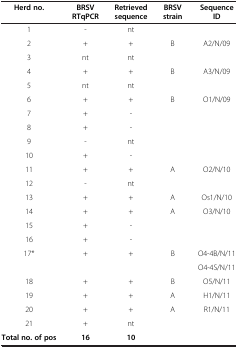
<table><thead><tr><td><b>Herd no.</b></td><td><b>BRSV RTqPCR</b></td><td><b>Retrieved sequence</b></td><td><b>BRSV strain</b></td><td><b>Sequence ID</b></td></tr></thead><tbody><tr><td>1</td><td>-</td><td>nt</td><td> </td><td> </td></tr><tr><td>2</td><td>+</td><td>+</td><td>B</td><td>A2/N/09</td></tr><tr><td>3</td><td>nt</td><td>nt</td><td> </td><td> </td></tr><tr><td>4</td><td>+</td><td>+</td><td>B</td><td>A3/N/09</td></tr><tr><td>5</td><td>nt</td><td>nt</td><td> </td><td> </td></tr><tr><td>6</td><td>+</td><td>+</td><td>B</td><td>O1/N/09</td></tr><tr><td>7</td><td>+</td><td>-</td><td> </td><td> </td></tr><tr><td>8</td><td>+</td><td>-</td><td> </td><td> </td></tr><tr><td>9</td><td>-</td><td>nt</td><td> </td><td> </td></tr><tr><td>10</td><td>+</td><td>-</td><td> </td><td> </td></tr><tr><td>11</td><td>+</td><td>+</td><td>A</td><td>O2/N/10</td></tr><tr><td>12</td><td>-</td><td>nt</td><td> </td><td> </td></tr><tr><td>13</td><td>+</td><td>+</td><td>A</td><td>Os1/N/10</td></tr><tr><td>14</td><td>+</td><td>+</td><td>A</td><td>O3/N/10</td></tr><tr><td>15</td><td>+</td><td>-</td><td> </td><td> </td></tr><tr><td>16</td><td>+</td><td>-</td><td> </td><td> </td></tr><tr><td>17*</td><td>+</td><td>+</td><td>B</td><td>O4-4B/N/11</td></tr><tr><td> </td><td> </td><td> </td><td> </td><td>O4-4S/N/11</td></tr><tr><td>18</td><td>+</td><td>+</td><td>B</td><td>O5/N/11</td></tr><tr><td>19</td><td>+</td><td>+</td><td>A</td><td>H1/N/11</td></tr><tr><td>20</td><td>+</td><td>+</td><td>A</td><td>R1/N/11</td></tr><tr><td>21</td><td>+</td><td>nt</td><td> </td><td> </td></tr><tr><td><b>Total no. of pos</b></td><td><b>16</b></td><td><b>10</b></td><td> </td><td> </td></tr></tbody></table>